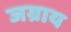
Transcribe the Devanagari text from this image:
जग्राय